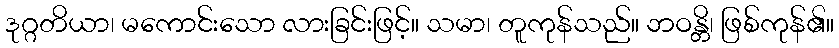
ဒုဂ္ဂတိယာ၊ မကောင်းသော လားခြင်းဖြင့်။ သမာ၊ တူကုန်သည်။ ဘဝန္တိ၊ ဖြစ်ကုန်၏။